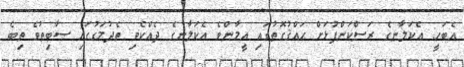
އެބަހީ: އެކަލާނގެ ރަސްކަންފުޅަށް ޙައްޤުގޮތުގައި އީމާންވެ އެކަލާނގެ ދެއްކެވި ތެދުމަގުގައި ސާބިތުވެ ތިބެ